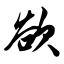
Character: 欲